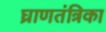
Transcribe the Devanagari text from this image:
घ्राणतंत्रिका